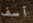
آسف